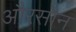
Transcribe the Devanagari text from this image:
औरसौन